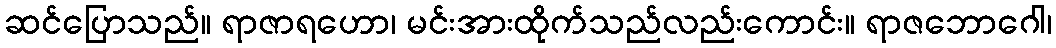
ဆင်ပြောသည်။ ရာဇာရဟော၊ မင်းအားထိုက်သည်လည်းကောင်း။ ရာဇဘောဂေါ၊